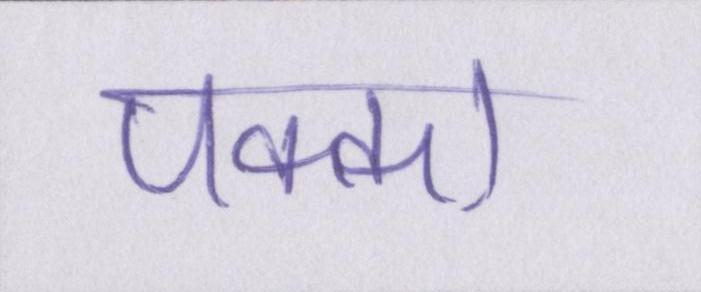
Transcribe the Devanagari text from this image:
पक्का